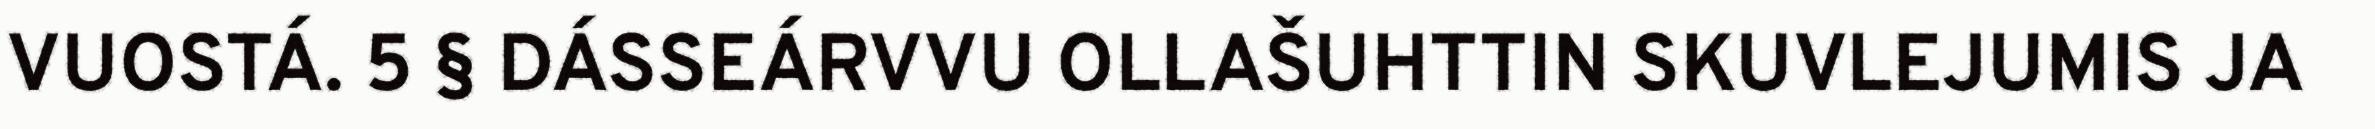
VUOSTÁ. 5 § DÁSSEÁRVVU OLLAŠUHTTIN SKUVLEJUMIS JA